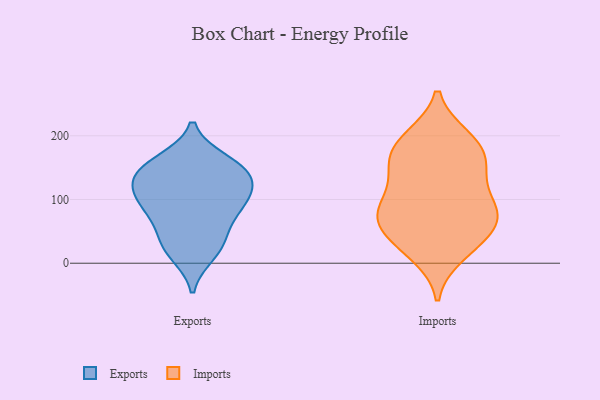
{"axis": {"x": "Gross Profit (USD K)", "y": "Value"}, "legend": ["Exports", "Imports"], "data": [{"x": "", "y": 159, "type": "Exports"}, {"x": "", "y": 142, "type": "Exports"}, {"x": "", "y": 115, "type": "Exports"}, {"x": "", "y": 54, "type": "Exports"}, {"x": "", "y": 142, "type": "Exports"}, {"x": "", "y": 127, "type": "Exports"}, {"x": "", "y": 100, "type": "Exports"}, {"x": "", "y": 84, "type": "Exports"}, {"x": "", "y": 14, "type": "Exports"}, {"x": "", "y": 138, "type": "Exports"}, {"x": "", "y": 22, "type": "Exports"}, {"x": "", "y": 37, "type": "Exports"}, {"x": "", "y": 161, "type": "Exports"}, {"x": "", "y": 87, "type": "Exports"}, {"x": "", "y": 96, "type": "Exports"}, {"x": "", "y": 82, "type": "Imports"}, {"x": "", "y": 54, "type": "Imports"}, {"x": "", "y": 144, "type": "Imports"}, {"x": "", "y": 108, "type": "Imports"}, {"x": "", "y": 166, "type": "Imports"}, {"x": "", "y": 191, "type": "Imports"}, {"x": "", "y": 83, "type": "Imports"}, {"x": "", "y": 191, "type": "Imports"}, {"x": "", "y": 30, "type": "Imports"}, {"x": "", "y": 76, "type": "Imports"}, {"x": "", "y": 33, "type": "Imports"}, {"x": "", "y": 145, "type": "Imports"}, {"x": "", "y": 197, "type": "Imports"}, {"x": "", "y": 156, "type": "Imports"}, {"x": "", "y": 75, "type": "Imports"}, {"x": "", "y": 14, "type": "Imports"}, {"x": "", "y": 75, "type": "Imports"}]}